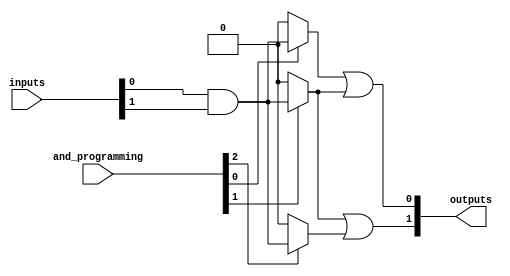
module SPAL #(
    parameter NUM_INPUTS = 4,   // Number of input signals
    parameter NUM_AND_GATES = 4, // Number of AND gates
    parameter NUM_OR_GATES = 2    // Number of OR gates
)(
    input wire [NUM_INPUTS-1:0] inputs, // Input signals
    input wire [NUM_AND_GATES-1:0] and_programming, // Programming bits for AND gates
    output wire [NUM_OR_GATES-1:0] outputs // Output signals
);

// Programmable AND array
wire [NUM_AND_GATES-1:0] and_outputs [NUM_INPUTS-1:0];

// Generate AND gates
genvar i, j;
generate
    for (i = 0; i < NUM_AND_GATES; i = i + 1) begin : and_gate
        assign and_outputs[i] = (and_programming[i]) ? (inputs[0] & inputs[1]) : 1'b0; // Example: Fixed inputs for demonstration
        // You can customize the input connections based on the programming bits
    end
endgenerate

// Fixed OR array
wire [NUM_OR_GATES-1:0] or_outputs;

// Generate OR gates
generate
    for (j = 0; j < NUM_OR_GATES; j = j + 1) begin : or_gate
        assign or_outputs[j] = and_outputs[j] | and_outputs[j + 1]; // Example: Combine outputs of AND gates
    end
endgenerate

// Assign final outputs
assign outputs = or_outputs;

endmodule